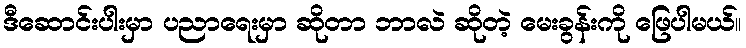
ဒီဆောင်းပါးမှာ ပညာရေးမှာ ဆိုတာ ဘာလဲ ဆိုတဲ့ မေးခွန်းကို ဖြေပါမယ်။